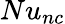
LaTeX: Nu_{nc}